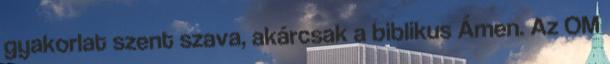
gyakorlat szent szava, akárcsak a biblikus Ámen. Az OM